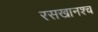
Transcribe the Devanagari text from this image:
रसखानश्च